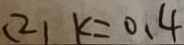
( 2 ) k = 0 . 4